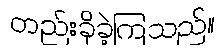
တည်းခိုခဲ့ကြသည်။